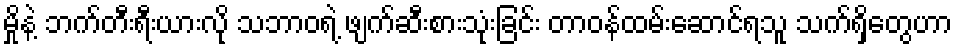
မှိုနဲ့ ဘက်တီးရီးယားလို သဘာဝရဲ့ ဖျက်ဆီးစားသုံးခြင်း တာဝန်ထမ်းဆောင်ရသူ သက်ရှိတွေဟာ